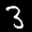
Label: 3